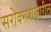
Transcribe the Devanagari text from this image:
सरोवराशेजारील